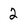
Character: 2